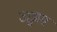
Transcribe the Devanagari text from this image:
उछ्वास